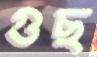
গুছ